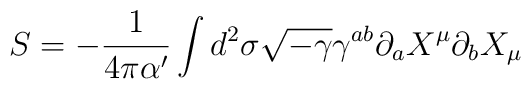
S = -\frac{1}{4 \pi \alpha'}  \int d^2 \sigma \sqrt{-\gamma}\gamma^{ab} \partial_a X^\mu \partial_b X_\mu